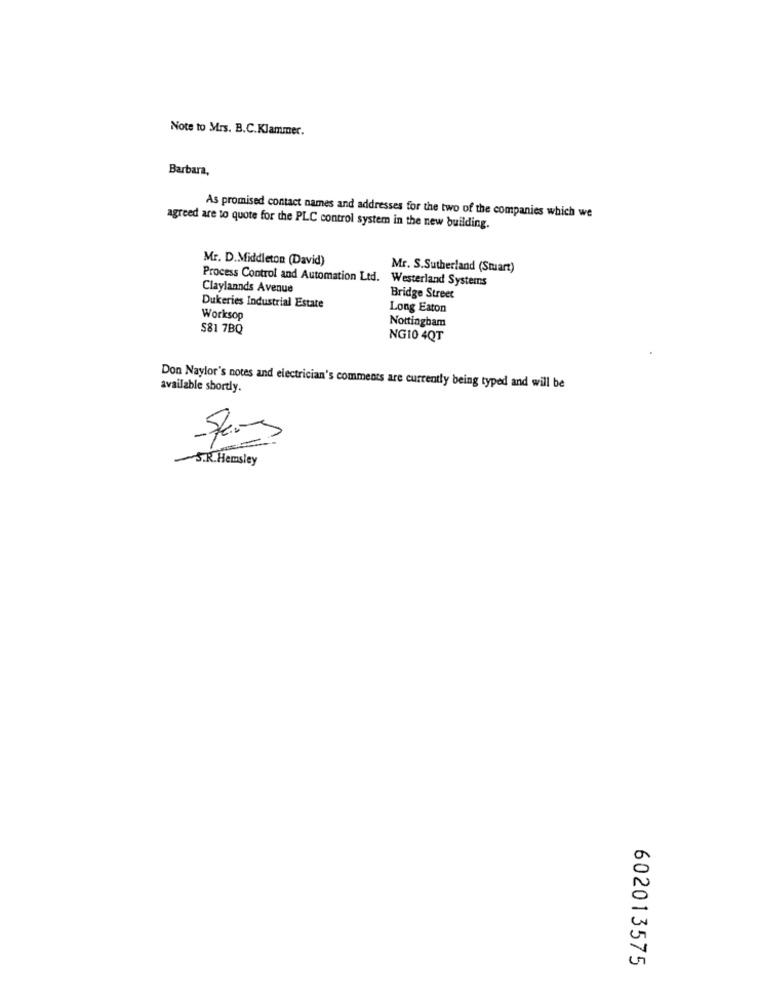
Note to Mrs. B.C.Klammer.
Barbara,
As promised contact names and addresses for the two of the companies which we
agreed are to quote for the PLC control system in the new building.
Mr. D.Middleton (David)
Mr. S.Sutherland (Stuart)
Process Control and Automation Ltd. Westerland Systems
Claylannds Avenue
Bridge Street
Dukeries Industrial Estate
Long Eaton
Worksop
Nottingham
S81 7BQ
NG10 4QT
Don Naylor's notes and electrician's comments are currently being typed and will be
available shortly.
S.R.Hemsley
602013575